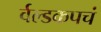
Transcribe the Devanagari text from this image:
र्वल्डकपचं